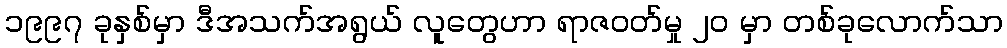
၁၉၉၇ ခုနှစ်မှာ ဒီအသက်အရွယ် လူတွေဟာ ရာဇဝတ်မှု ၂၀ မှာ တစ်ခုလောက်သာ